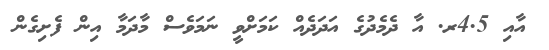
އާއި 4.5ރ. އާ ދެމެދުގެ އަދަދެއް ކަމަށްވީ ނަމަވެސް މާދަމާ އިން ފެށިގެން